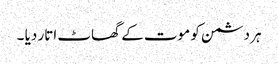
ہر دشمن کو موت کے گھاٹ اتار دیا ۔